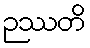
ဉဿတိ